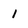
Character: 1